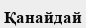
Қанайдай